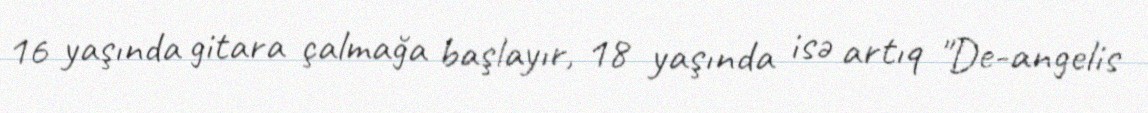
16 yaşında gitara çalmağa başlayır, 18 yaşında isə artıq "De-angelis